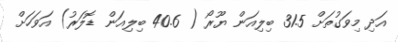
އަދި މިވަގުތަށް 31.5 ބިލިއަން ޔޫރޯ ( 40.6 ބިލިއަން ޑޮލަރު) އަވަހަށް